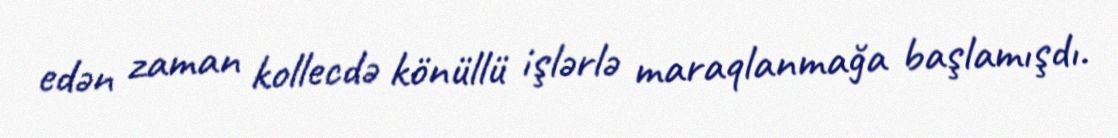
edən zaman kollecdə könüllü işlərlə maraqlanmağa başlamışdı.